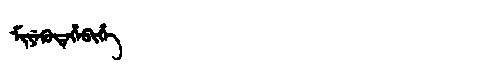
Manchu: ᠮᡳᠶᡝᡴᡠᡩᡝᡥᡝᠪᡳᡥᡝ
Romanization: MIYEKUDEHEBIHE